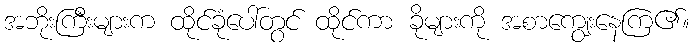
အဘိုးကြီးများက ထိုင်ခုံပေါ်တွင် ထိုင်ကာ ခိုများကို အစာကျွေးနေကြ၏။